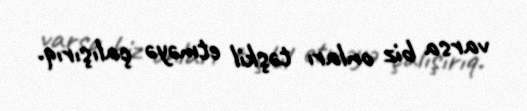
varsa biz onları təşkil etməyə çalışırıq.